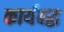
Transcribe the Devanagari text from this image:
कार्यबद्ध